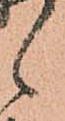
々